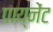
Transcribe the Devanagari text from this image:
पाय्नेंट